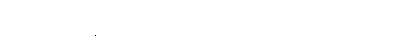
ကျွန်တော်၏ မချိတင်ကဲဝေဒနာမှာ နမ့်ခမ်းဆေးရုံ၏ အနာဂတ်ဖြစ်သည်။